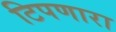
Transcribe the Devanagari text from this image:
टिपणारा